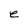
Character: e